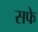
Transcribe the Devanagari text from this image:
सफे